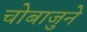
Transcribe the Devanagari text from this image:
चाेबाजुने